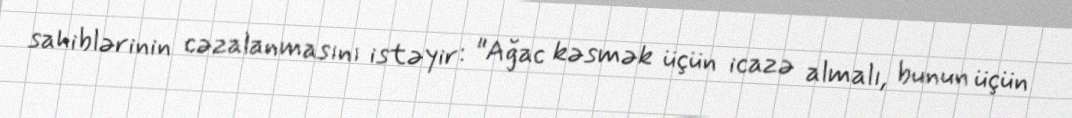
sahiblərinin cəzalanmasını istəyir: "Ağac kəsmək üçün icazə almalı, bunun üçün